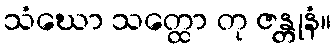
သံဃော သတ္ထော တု ဇန္တုနံ။